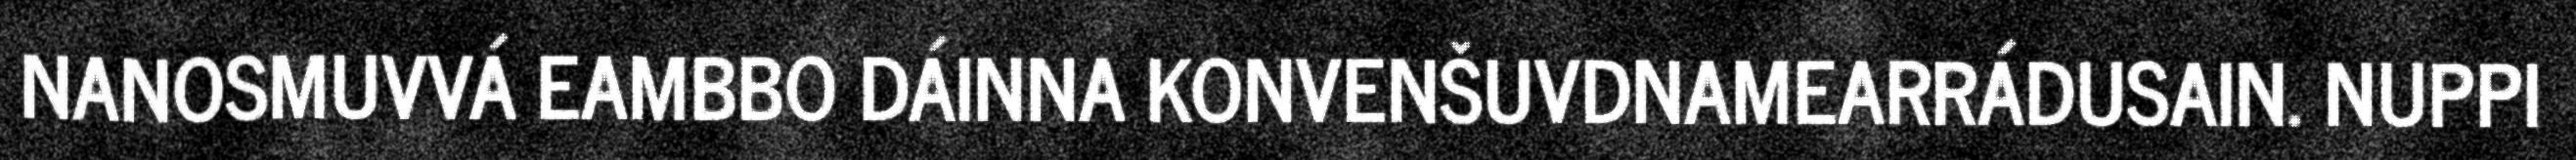
NANOSMUVVÁ EAMBBO DÁINNA KONVENŠUVDNAMEARRÁDUSAIN. NUPPI